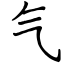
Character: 气